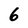
Character: 6